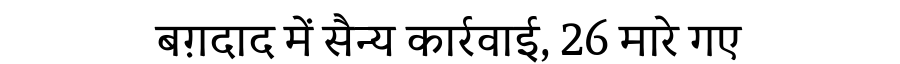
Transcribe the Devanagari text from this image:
बग़दाद में सैन्य कार्रवाई, 26 मारे गए